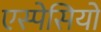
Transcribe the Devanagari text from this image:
एस्पेसियो